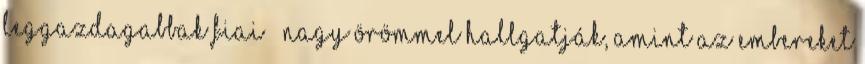
leggazdagabbak fiai – nagy örömmel hallgatják, amint az embereket